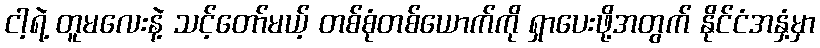
ငါ့ရဲ့ တူမလေးနဲ့ သင့်တော်မယ့် တစ်စုံတစ်ယောက်ကို ရှာပေးဖို့အတွက် နိုင်ငံအနှံ့မှာ